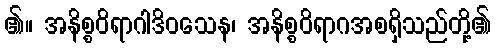
၏။ အနိစ္စဝိရာဂါဒိဝသေန၊ အနိစ္စဝိရာဂအစရှိသည်တို့၏